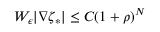
W _ { \epsilon } | \nabla \zeta _ { * } | \le C ( 1 + \rho ) ^ { N }